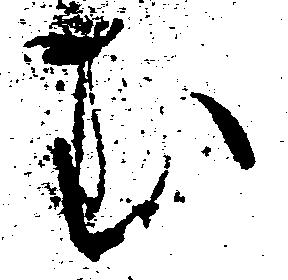
む